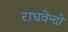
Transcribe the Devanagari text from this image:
राघवेन्दो